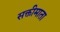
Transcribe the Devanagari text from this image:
सक्तीमाता